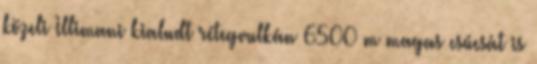
közeli Illimani kialudt rétegvulkán 6500 m magas csúcsát is